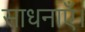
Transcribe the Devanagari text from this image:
साधनाएँ।